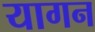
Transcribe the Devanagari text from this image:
यागन